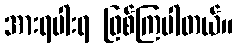
အားရပါးရ ဖြစ်ကြပါတယ်။